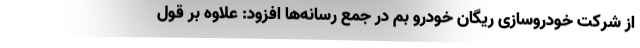
از شرکت خودروسازی ریگان خودرو بم در جمع رسانه‌ها افزود: علاوه بر قول